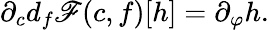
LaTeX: \partial_{c}d_{f}\mathscr{F}(c,f)[h]=\partial_{\varphi}h.